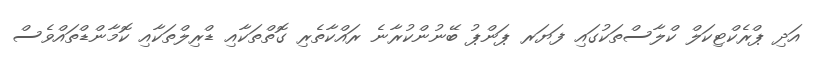
އަދި ޕްރެކްޓިކަލް ކްލާސްތަކުގައި ފަޔަރ ޕަންޕު ބޭނުންކުރާނެ ރައްކާތެރި ގޮތްތަކާއި ޑްރިލްތަކާއި ކޮމާންޑްތައްވެސް